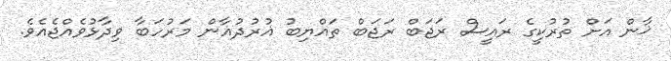
ޚާން އަށް ތުރުކީގެ ރައީސް ރަޖަބް ރަޖަބް ތައްޔިބު ޣުރުދުޣާން މަރުހަބާ ވިދާޅުވެއްޖެއެވެ.